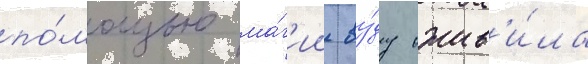
по́мощью ма́г'ии ву́ду ожив'и́ла